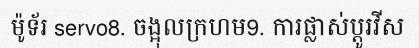
ម៉ូទ័រ servo8. ចង្អុលក្រហម9. ការផ្លាស់ប្តូរវីស